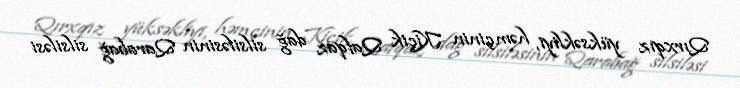
Qırxqız yüksəkliyi, həmçinin Kiçik Qafqaz dağ silsiləsinin Qarabağ silsiləsi